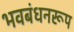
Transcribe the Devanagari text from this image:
भवबंधनरूप